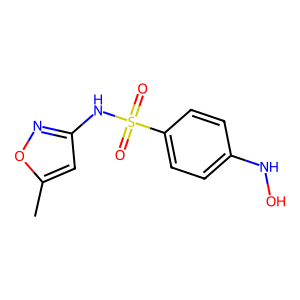
SMILES: Cc1cc(NS(=O)(=O)c2ccc(NO)cc2)no1
Inhibits HIV replication: No